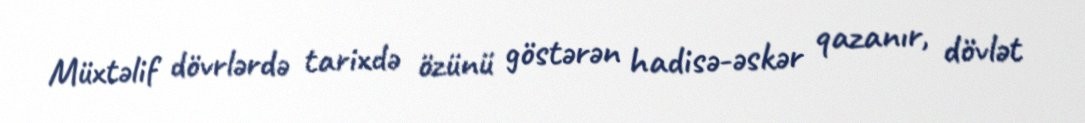
Müxtəlif dövrlərdə tarixdə özünü göstərən hadisə-əskər qazanır, dövlət